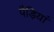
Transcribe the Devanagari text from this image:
पैड़ियां